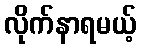
လိုက်နာရမယ့်